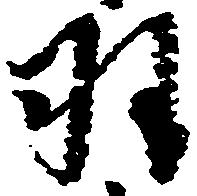
羽